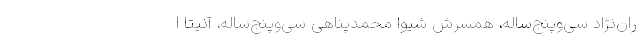
ران‌نژاد سی‌وپنج‌ساله، همسرش شیوا محمدپناهی سی‌وپنج‌ساله، آنیتا ا